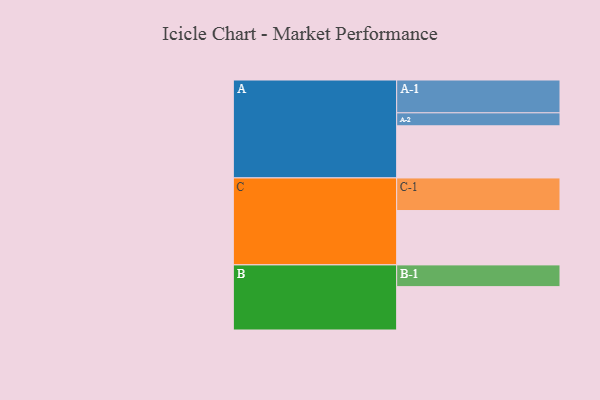
{"axis": {"x": "Segment", "y": "Value"}, "legend": ["", "A", "B", "C"], "data": [{"x": "A", "y": 446, "type": ""}, {"x": "B", "y": 371, "type": ""}, {"x": "C", "y": 465, "type": ""}, {"x": "A-1", "y": 281, "type": "A"}, {"x": "A-2", "y": 111, "type": "A"}, {"x": "B-1", "y": 186, "type": "B"}, {"x": "C-1", "y": 279, "type": "C"}]}